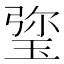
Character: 𤦀